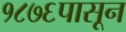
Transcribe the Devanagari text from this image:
१८७६पासून